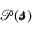
\mathscr { P } ( \pmb { \mathscr { s } } )